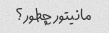
مانیتور چطور؟